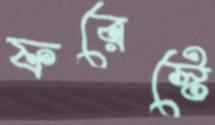
ফরেস্টে